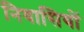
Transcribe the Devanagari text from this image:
निवासियों